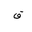
Letter: _qaf